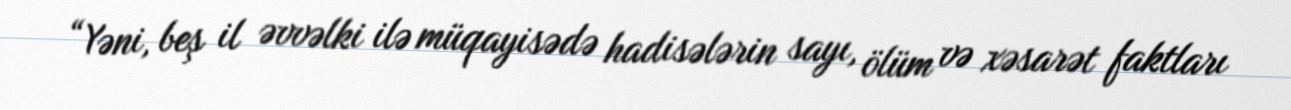
“Yəni, beş il əvvəlki ilə müqayisədə hadisələrin sayı, ölüm və xəsarət faktları